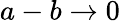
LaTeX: a-b\rightarrow 0